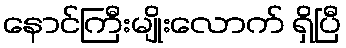
နောင်ကြီးမျိုးလောက် ရှိပြီ